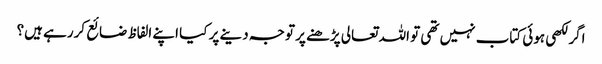
اگر لکھی ہوئی کتاب نہیں تھی تو اللہ تعالی پڑھنے پر توجہ دینے پر کیا اپنے الفاظ ضائع کررہے ہیں؟